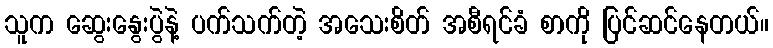
သူက ဆွေးနွေးပွဲနဲ့ ပက်သက်တဲ့ အသေးစိတ် အစီရင်ခံ စာကို ပြင်ဆင်နေတယ်။